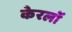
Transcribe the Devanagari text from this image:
केरलों